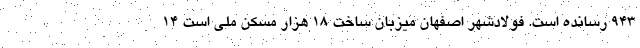
۹۴۳ رسانده است. فولادشهر اصفهان میزبان ساخت ۱۸ هزار مسکن ملی است ۱۴